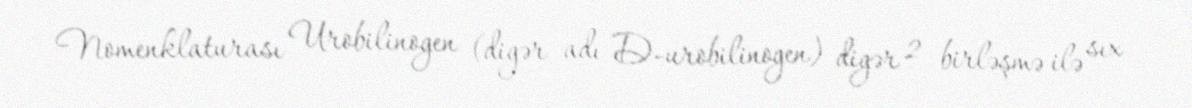
Nomenklaturası Urobilinogen (digər adı D-urobilinogen) digər 2 birləşmə ilə sıx